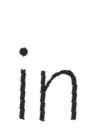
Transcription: in